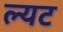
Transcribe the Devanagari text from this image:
ल्यट